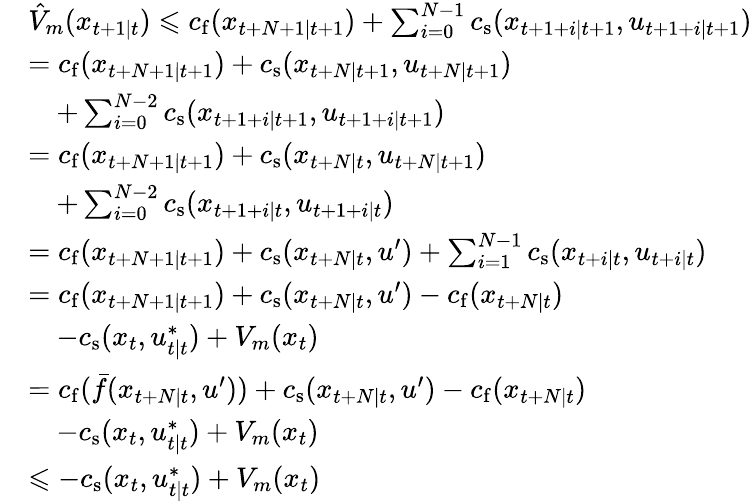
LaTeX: \begin{array}{rl}&{\hat{V}_{m}(x_{t+1\mid t})\leqslant c_{\mathrm{f}}(x_{t+N+1\mid t+1})+\sum_{i=0}^{N-1}c_{\mathrm{s}}(x_{t+1+i\mid t+1},u_{t+1+i\mid t+1})}\\ &{=c_{\mathrm{f}}(x_{t+N+1\mid t+1})+c_{\mathrm{s}}(x_{t+N\mid t+1},u_{t+N\mid t+1})}\\ &{\quad+\sum_{i=0}^{N-2}c_{\mathrm{s}}(x_{t+1+i\mid t+1},u_{t+1+i\mid t+1})}\\ &{=c_{\mathrm{f}}(x_{t+N+1\mid t+1})+c_{\mathrm{s}}(x_{t+N\mid t},u_{t+N\mid t+1})}\\ &{\quad+\sum_{i=0}^{N-2}c_{\mathrm{s}}(x_{t+1+i\mid t},u_{t+1+i\mid t})}\\ &{=c_{\mathrm{f}}(x_{t+N+1\mid t+1})+c_{\mathrm{s}}(x_{t+N\mid t},u^{\prime})+\sum_{i=1}^{N-1}c_{\mathrm{s}}(x_{t+i\mid t},u_{t+i\mid t})}\\ &{=c_{\mathrm{f}}(x_{t+N+1\mid t+1})+c_{\mathrm{s}}(x_{t+N\mid t},u^{\prime})-c_{\mathrm{f}}(x_{t+N\mid t})}\\ &{\quad-c_{\mathrm{s}}(x_{t},u_{t\mid t}^{\ast})+V_{m}(x_{t})}\\ &{=c_{\mathrm{f}}(\bar{f}(x_{t+N\mid t},u^{\prime}))+c_{\mathrm{s}}(x_{t+N\mid t},u^{\prime})-c_{\mathrm{f}}(x_{t+N\mid t})}\\ &{\quad-c_{\mathrm{s}}(x_{t},u_{t\mid t}^{\ast})+V_{m}(x_{t})}\\ &{\leqslant-c_{\mathrm{s}}(x_{t},u_{t\mid t}^{\ast})+V_{m}(x_{t})}\end{array}